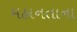
મહાનતાના